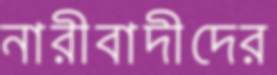
নারীবাদীদের